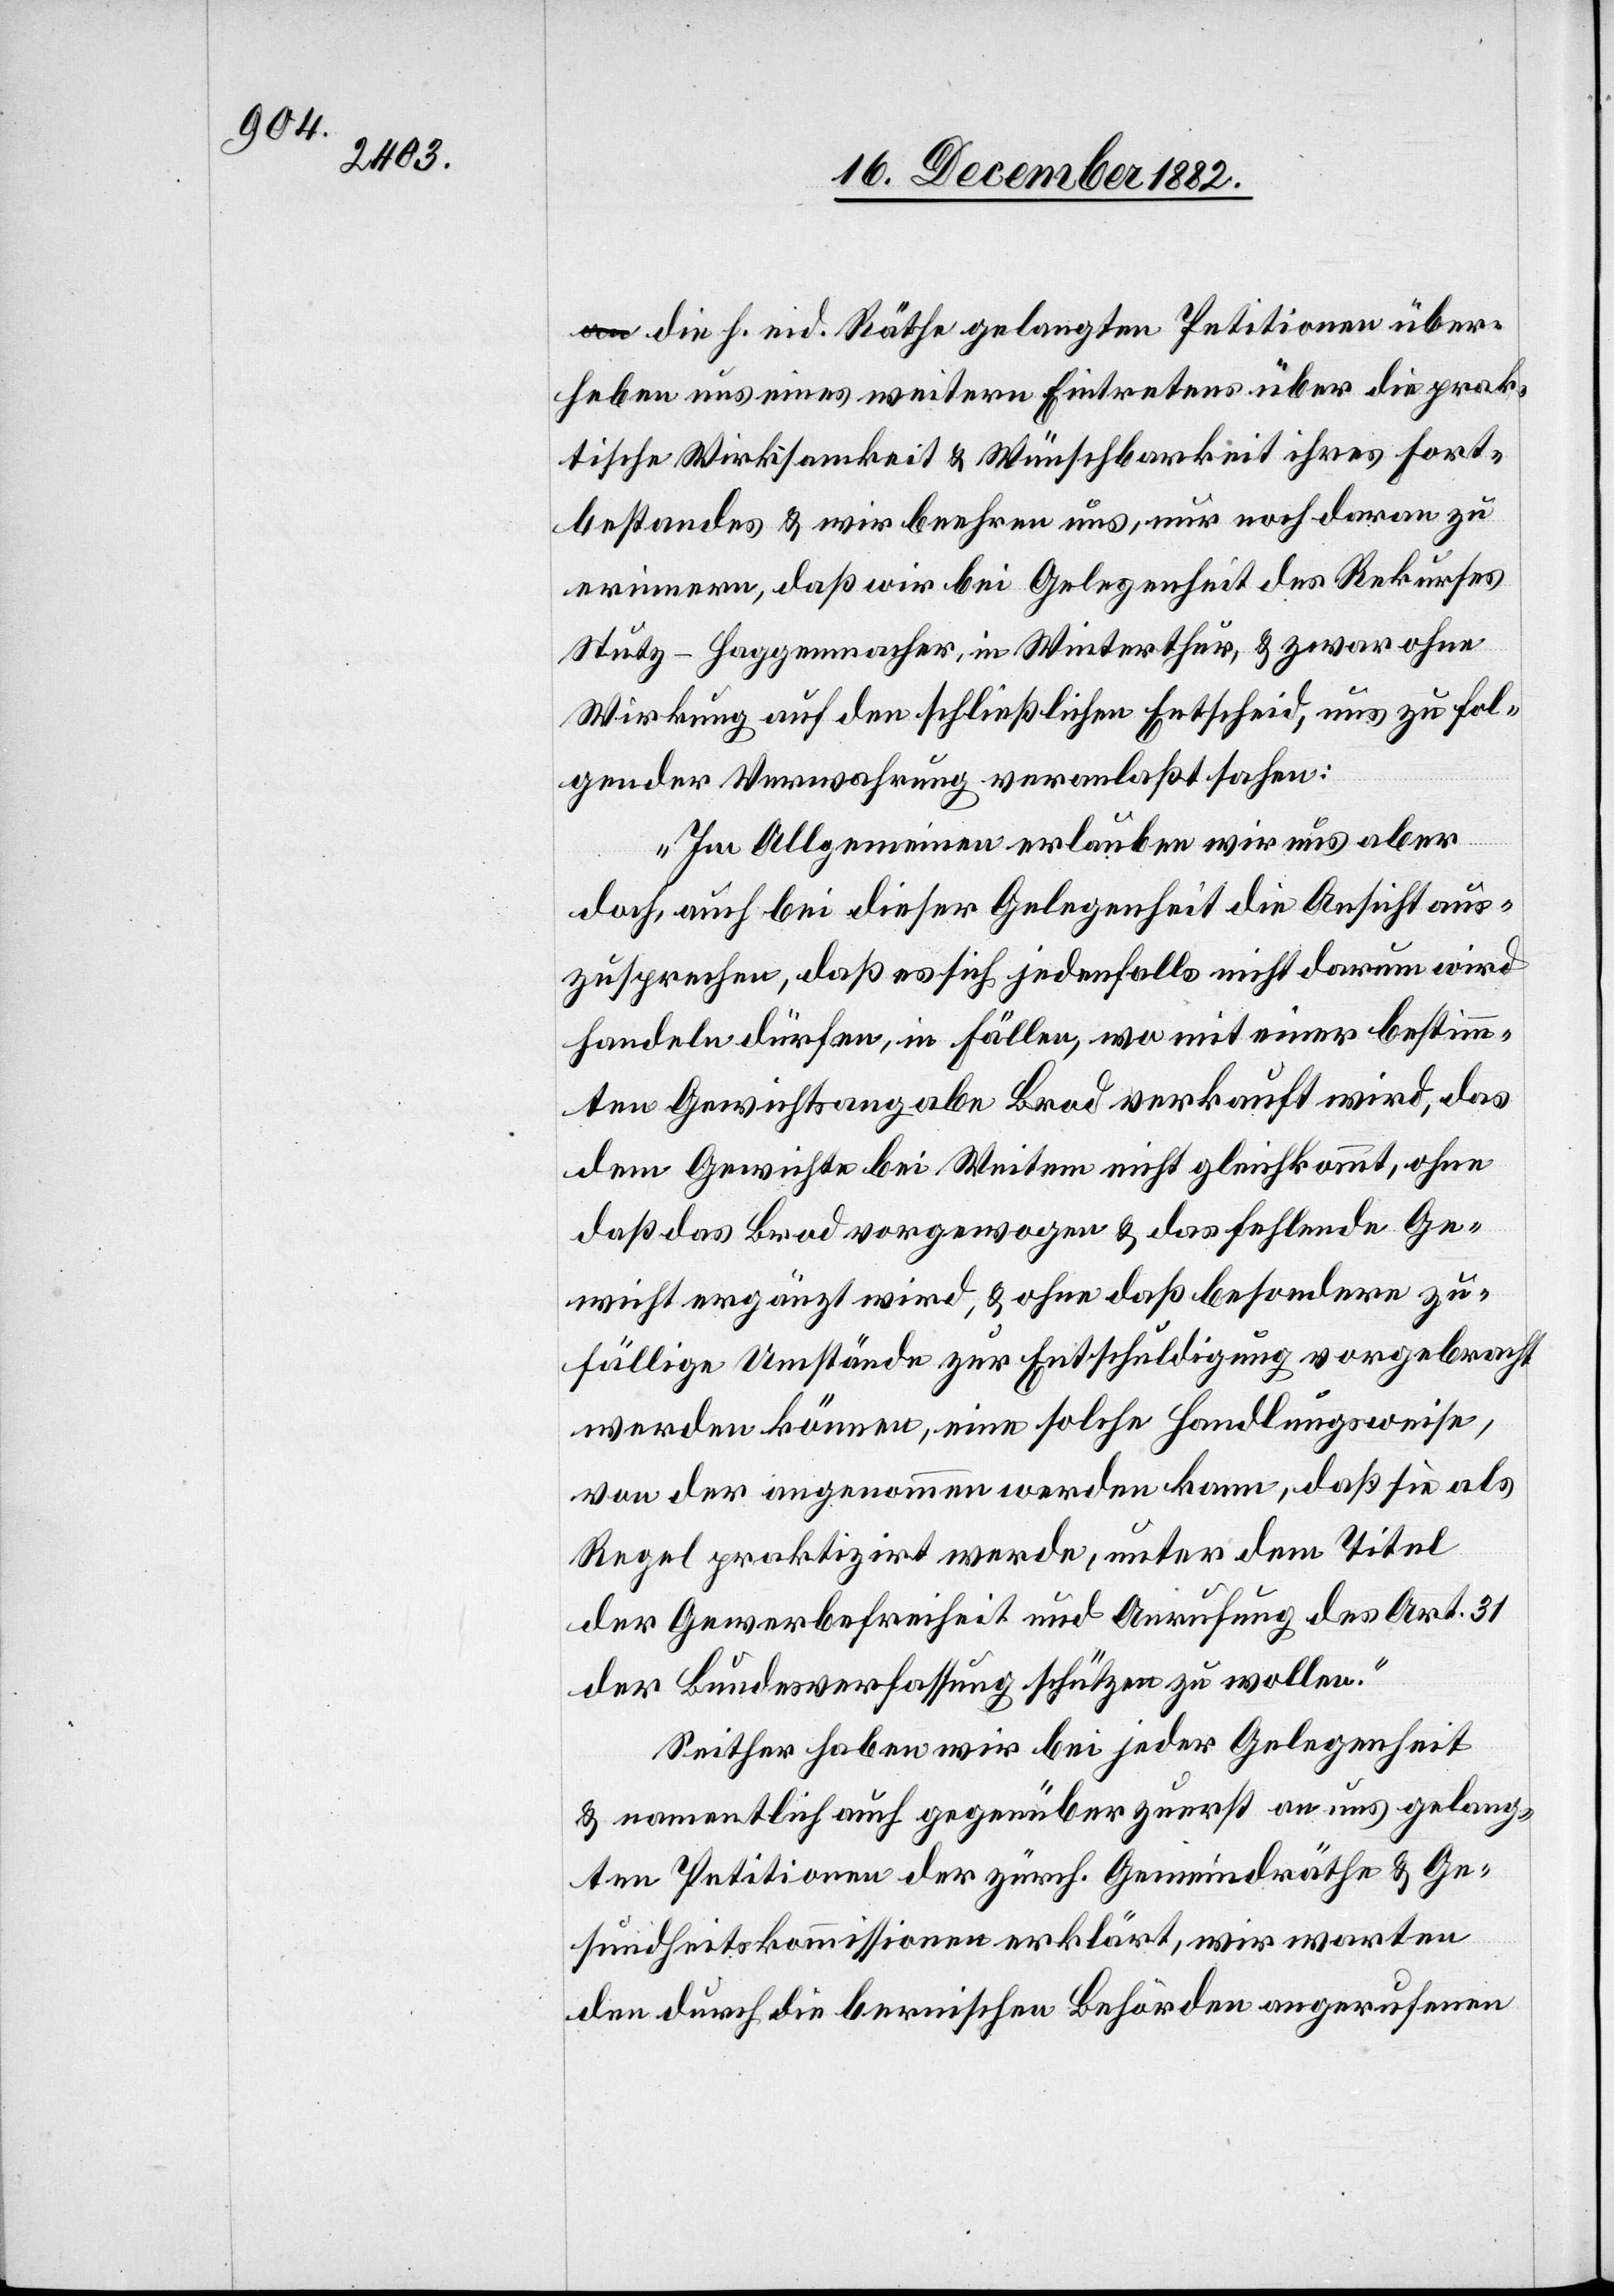
die h. eid. Räthe gelangten Petitionen über¬
heben uns eines weitern Eintretens über die prak¬
tische Wirksamkeit & Wünschbarkeit ihres Fort¬
bestandes & wir beehren uns, nur noch daran zu
erinnern, daß wir bei Gelegenheit des Rekurses
Stutz-Haggenmacher, in Winterthur, & zwar ohne
Wirkung auf den schließlichen Entscheid, uns zu fol¬
gender Verwahrung veranlaßt sahen:
Im Allgemeinen erlauben wir uns aber
doch, auch bei dieser Gelegenheit die Ansicht aus¬
zusprechen, daß es sich jedenfalls nicht darum wird
handeln dürfen, in Fällen, wo mit einer bestimm¬
ten Gewichtsangabe Brod verkauft wird, das
dem Gewichte bei Weitem nicht gleichkommt, ohne
daß das Brod vorgewogen & das fehlende Ge¬
wicht ergänzt wird, & ohne daß besondere zu¬
fällige Umstände zur Entschuldigung vorgebracht
werden können, eine solche Handlungsweise,
von der angenommen werden kann, daß sie als
Regel praktizirt werde, unter dem Titel
der Gewerbefreiheit und Anrufung des Art. 31
der Bundesverfassung schützen zu wollen.
Seither haben wir bei jeder Gelegenheit
& namentlich auch gegenüber zuerst an uns gelang¬
ten Petitionen der zürch. Gemeindräthe & Ge¬
sundheitskommissionen erklärt, wir warten
den durch die bernischen Behörden angerufenen